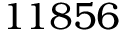
1 1 8 5 6